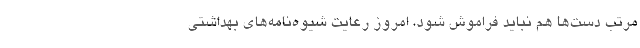
مرتب دست‌ها هم نباید فراموش شود، امروز رعایت شیوه‌نامه‌های بهداشتی